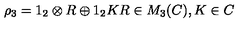
\rho _ { 3 } = 1 _ { 2 } \otimes R \oplus 1 _ { 2 } K R \in M _ { 3 } ( C ) , K \in C